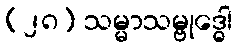
(၂၈) သမ္မာသမ္ဗုဒ္ဓေါ